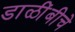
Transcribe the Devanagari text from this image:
डाळींबीचे